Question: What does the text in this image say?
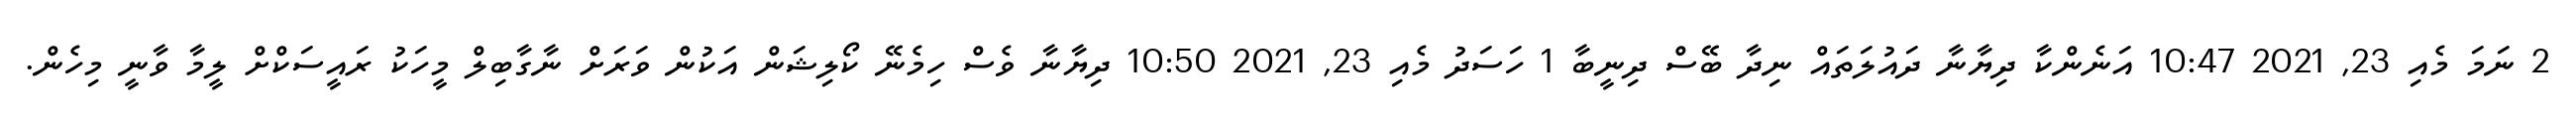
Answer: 2 ނަމަ މެއި 23, 2021 10:47 އަނެންކާ ދިޔާނާ ދައުލަތައް ނިދާ ބޭސް ދިނީބާ 1 ހަސަދު މެއި 23, 2021 10:50 ދިޔާނާ ވެސް ހިމެނޭ ކޯލިޝަން އަކުން ވަރަށް ނާގާބިލް މީހަކު ރައީސަކްށް ލީމާ ވާނީ މިހެން.